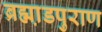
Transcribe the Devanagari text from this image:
ब्रह्मा़डपुराण